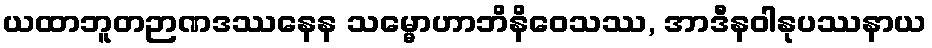
ယထာဘူတဉာဏဒဿနေန သမ္မောဟာဘိနိဝေသဿ, အာဒီနဝါနုပဿနာယ